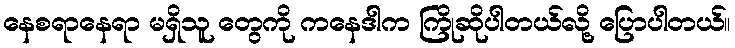
နေစရာနေရာ မရှိသူ တွေကို ကနေဒါက ကြိုဆိုပါတယ်လို့ ပြောပါတယ်။